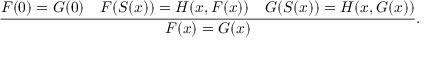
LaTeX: { \frac { F ( 0 ) = G ( 0 ) \quad F ( S ( x ) ) = H ( x , F ( x ) ) \quad G ( S ( x ) ) = H ( x , G ( x ) ) } { F ( x ) = G ( x ) } } .